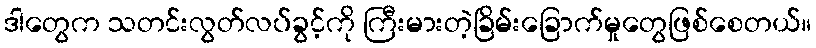
ဒါတွေက သတင်းလွတ်လပ်ခွင့်ကို ကြီးမားတဲ့ခြိမ်းခြောက်မှုတွေဖြစ်စေတယ်။